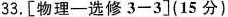
33.[物理-选修3一3](15分)